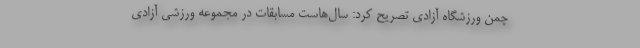
چمن ورزشگاه آزادی تصریح کرد: سال‌هاست مسابقات در مجموعه ورزشی آزادی